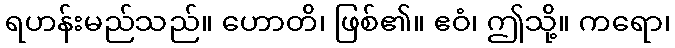
ရဟန်းမည်သည်။ ဟောတိ၊ ဖြစ်၏။ ဧဝံ၊ ဤသို့။ ကရော၊